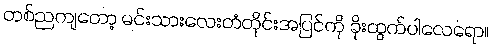
တစ်ညကျတော့ မင်းသားလေးတံတိုင်းအပြင်ကို ခိုးထွက်ပါလေရော။